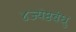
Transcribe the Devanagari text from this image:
४ज्येष्ठबंधु